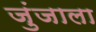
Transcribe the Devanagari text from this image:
जुंजाला